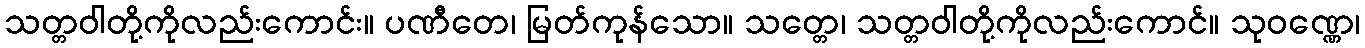
သတ္တဝါတို့ကိုလည်းကောင်း။ ပဏီတေ၊ မြတ်ကုန်သော။ သတ္တေ၊ သတ္တဝါတို့ကိုလည်းကောင်။ သုဝဏ္ဏေ၊